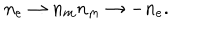
n _ { e } \rightarrow n _ { m } n _ { m } \rightarrow - n _ { e } .